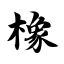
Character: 橡